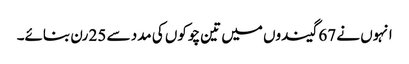
انہوں نے 67 گیندوں میں تین چوکوں کی مدد سے 25 رن بنائے۔